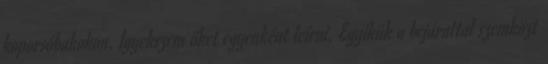
koporsóbakokon. Igyekszem őket egyenként leírni. Egyikük a bejárattal szemközt